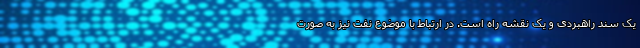
یک سند راهبردی و یک نقشه راه است. در ارتباط با موضوع نفت نیز به صورت